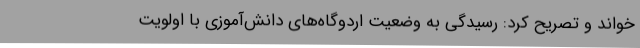
خواند و تصریح کرد: رسیدگی به وضعیت اردوگاه‌های دانش‌آموزی با اولویت